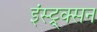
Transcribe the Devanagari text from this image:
इंस्ट्र्क्सन